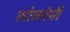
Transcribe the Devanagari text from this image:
लोकोनी